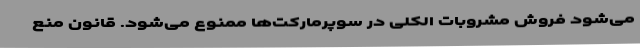
می‌شود فروش مشروبات الکلی در سوپرمارکت‌ها ممنوع می‌شود. قانون منع